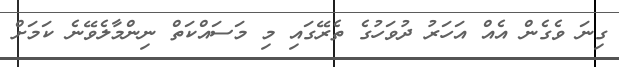
ގިނަ ވެގެން އެއް އަހަރު ދުވަހުގެ ތެރޭގައި މި މަސައްކަތް ނިންމާލެވޭނެ ކަމަށް